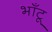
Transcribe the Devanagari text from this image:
भाँटू